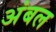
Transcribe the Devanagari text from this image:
अंबल